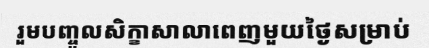
រួមបញ្ចូលសិក្ខាសាលាពេញមួយថ្ងៃសម្រាប់